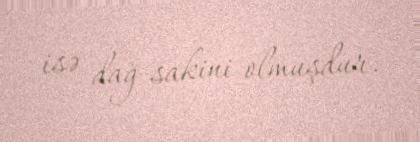
isə dağ sakini olmuşdur.